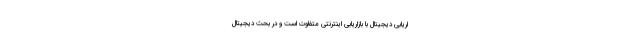
اریابی دیجیتال با بازاریابی اینترنتی متفاوت است و در بحث دیجیتال